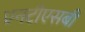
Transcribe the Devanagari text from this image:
एनटीएसबी